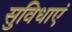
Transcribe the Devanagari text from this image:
सुविधाएं